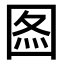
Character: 𡇫